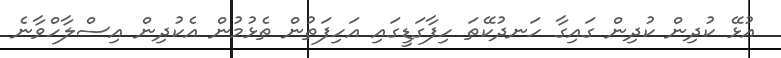
އުޅޭ ކުދިން ކުދިން ގައިގާ ހަނދުކޭތަ ހިފާގަޑީގައި އަހިފަތުން ތެޅުމުން އެކުދިން އިސްލާހްވާނެ